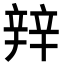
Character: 辡